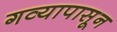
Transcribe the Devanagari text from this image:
गव्यापासून